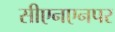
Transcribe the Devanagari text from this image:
सीएनएनपर